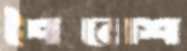
শৈলেশ